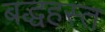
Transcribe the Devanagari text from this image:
बद्धहस्त